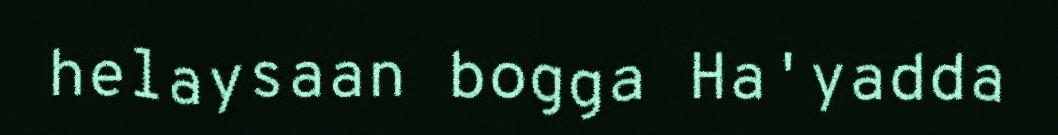
helaysaan bogga Ha'yadda